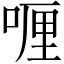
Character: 喱